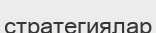
стратегиялар